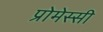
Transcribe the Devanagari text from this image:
प्रोमेस्सी